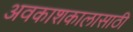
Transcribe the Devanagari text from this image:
अवकाशकालासाठी